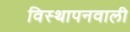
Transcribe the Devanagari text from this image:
विस्थापनवाली